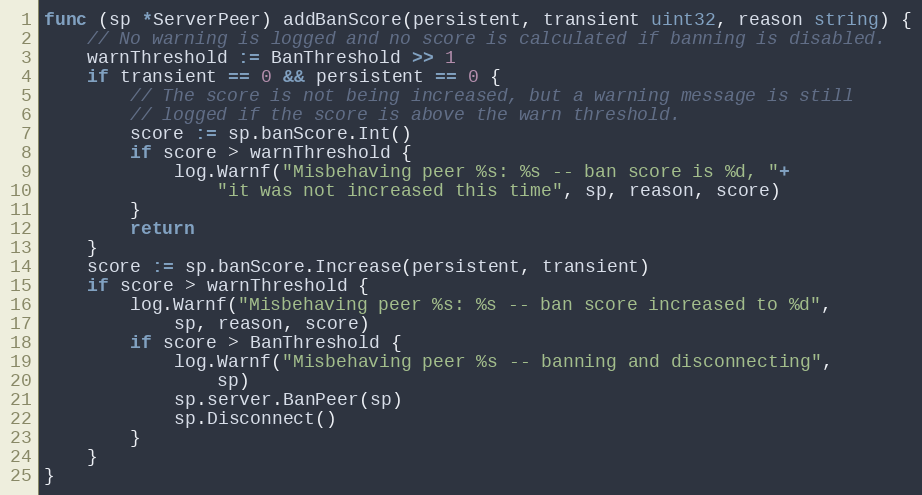
Language: Go
func (sp *ServerPeer) addBanScore(persistent, transient uint32, reason string) {
	// No warning is logged and no score is calculated if banning is disabled.
	warnThreshold := BanThreshold >> 1
	if transient == 0 && persistent == 0 {
		// The score is not being increased, but a warning message is still
		// logged if the score is above the warn threshold.
		score := sp.banScore.Int()
		if score > warnThreshold {
			log.Warnf("Misbehaving peer %s: %s -- ban score is %d, "+
				"it was not increased this time", sp, reason, score)
		}
		return
	}
	score := sp.banScore.Increase(persistent, transient)
	if score > warnThreshold {
		log.Warnf("Misbehaving peer %s: %s -- ban score increased to %d",
			sp, reason, score)
		if score > BanThreshold {
			log.Warnf("Misbehaving peer %s -- banning and disconnecting",
				sp)
			sp.server.BanPeer(sp)
			sp.Disconnect()
		}
	}
}